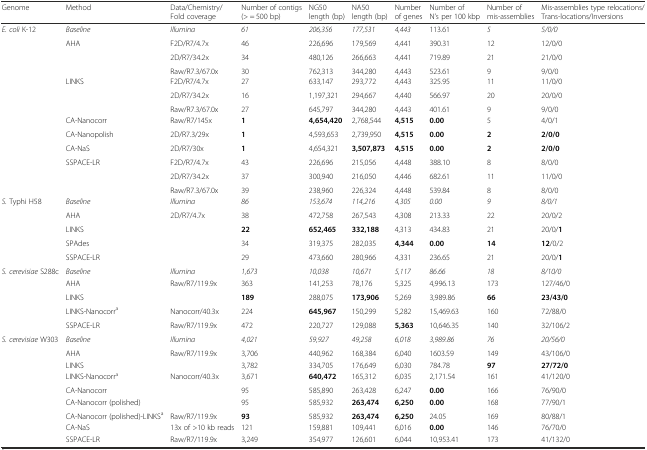
<table><thead><tr><td><b>Genome</b></td><td><b>Method</b></td><td><b>Data/Chemistry/ Fold coverage</b></td><td><b>Number of contigs (&gt; = 500 bp)</b></td><td><b>NG50 length (bp)</b></td><td><b>NA50 length (bp)</b></td><td><b>Number of genes</b></td><td><b>Number of N’s per 100 kbp</b></td><td><b>Number of mis-assemblies</b></td><td><b>Mis-assemblies type relocations/Trans-locations/Inversions</b></td></tr></thead><tbody><tr><td><i>E. coli</i> K-12</td><td><i>Baseline</i></td><td><i>Illumina</i></td><td><i>61</i></td><td><i>206,356</i></td><td><i>177,531</i></td><td><i>4,443</i></td><td>113.61</td><td><i>5</i></td><td><i>5/0/0</i></td></tr><tr><td></td><td>AHA</td><td>F2D/R7/4.7x</td><td>46</td><td>226,696</td><td>179,569</td><td>4,441</td><td>390.31</td><td>12</td><td>12/0/0</td></tr><tr><td></td><td></td><td>2D/R7/34.2x</td><td>34</td><td>480,126</td><td>266,663</td><td>4,441</td><td>719.89</td><td>21</td><td>21/0/0</td></tr><tr><td></td><td></td><td>Raw/R7.3/67.0x</td><td>30</td><td>762,313</td><td>344,280</td><td>4,443</td><td>523.61</td><td>9</td><td>9/0/0</td></tr><tr><td></td><td>LINKS</td><td>F2D/R7/4.7x</td><td>27</td><td>633,147</td><td>293,772</td><td>4,443</td><td>325.95</td><td>11</td><td>11/0/0</td></tr><tr><td></td><td></td><td>2D/R7/34.2x</td><td>16</td><td>1,197,321</td><td>294,667</td><td>4,440</td><td>566.97</td><td>20</td><td>20/0/0</td></tr><tr><td></td><td></td><td>Raw/R7.3/67.0x</td><td>27</td><td>645,797</td><td>344,280</td><td>4,443</td><td>401.61</td><td>9</td><td>9/0/0</td></tr><tr><td></td><td>CA-Nanocorr</td><td>Raw/R7/145x</td><td><b>1</b></td><td><b>4,654,420</b></td><td>2,768,544</td><td><b>4,515</b></td><td><b>0.00</b></td><td>5</td><td>4/0/1</td></tr><tr><td></td><td>CA-Nanopolish</td><td>2D/R7.3/29x</td><td><b>1</b></td><td>4,593,653</td><td>2,739,950</td><td><b>4,515</b></td><td><b>0.00</b></td><td><b>2</b></td><td><b>2/0/0</b></td></tr><tr><td></td><td>CA-NaS</td><td>2D/R7/30x</td><td><b>1</b></td><td>4,654,321</td><td><b>3,507,873</b></td><td><b>4,515</b></td><td><b>0.00</b></td><td><b>2</b></td><td><b>2/0/0</b></td></tr><tr><td></td><td>SSPACE-LR</td><td>F2D/R7/4.7x</td><td>43</td><td>226,696</td><td>215,056</td><td>4,448</td><td>388.10</td><td>8</td><td>8/0/0</td></tr><tr><td></td><td></td><td>2D/R7/34.2x</td><td>37</td><td>300,940</td><td>216,050</td><td>4,446</td><td>682.61</td><td>11</td><td>11/0/0</td></tr><tr><td></td><td></td><td>Raw/R7.3/67.0x</td><td>39</td><td>238,960</td><td>226,324</td><td>4,448</td><td>539.84</td><td>8</td><td>8/0/0</td></tr><tr><td><i>S.</i> Typhi H58</td><td><i>Baseline</i></td><td><i>Illumina</i></td><td><i>86</i></td><td><i>153,674</i></td><td><i>114,216</i></td><td><i>4,305</i></td><td><i>0.00</i></td><td><i>9</i></td><td><i>8/0/1</i></td></tr><tr><td></td><td>AHA</td><td>2D/R7/4.7x</td><td>38</td><td>472,758</td><td>267,543</td><td>4,308</td><td>213.33</td><td>22</td><td>20/0/2</td></tr><tr><td></td><td>LINKS</td><td></td><td><b>22</b></td><td><b>652,465</b></td><td><b>332,188</b></td><td>4,313</td><td>434.83</td><td>21</td><td>20/0/<b>1</b></td></tr><tr><td></td><td>SPAdes</td><td></td><td>34</td><td>319,375</td><td>282,035</td><td><b>4,344</b></td><td><b>0.00</b></td><td><b>14</b></td><td><b>12</b>/0/2</td></tr><tr><td></td><td>SSPACE-LR</td><td></td><td>29</td><td>473,660</td><td>280,966</td><td>4,331</td><td>236.65</td><td>21</td><td>20/0/<b>1</b></td></tr><tr><td><i>S. cerevisiae</i> S288c</td><td><i>Baseline</i></td><td><i>Illumina</i></td><td><i>1,673</i></td><td><i>10,038</i></td><td><i>10,671</i></td><td><i>5,117</i></td><td><i>86.66</i></td><td><i>18</i></td><td><i>8/10/0</i></td></tr><tr><td></td><td>AHA</td><td>Raw/R7/119.9x</td><td>363</td><td>141,253</td><td>78,176</td><td>5,325</td><td>4,996.13</td><td>173</td><td>127/46/0</td></tr><tr><td></td><td>LINKS</td><td></td><td><b>189</b></td><td>288,075</td><td><b>173,906</b></td><td>5,269</td><td>3,989.86</td><td><b>66</b></td><td><b>23/43/0</b></td></tr><tr><td></td><td>LINKS-Nanocorr<sup>a</sup></td><td>Nanocorr/40.3x</td><td>224</td><td><b>645,967</b></td><td>150,299</td><td>5,282</td><td>15,469.63</td><td>160</td><td>72/88/0</td></tr><tr><td></td><td>SSPACE-LR</td><td>Raw/R7/119.9x</td><td>472</td><td>220,727</td><td>129,088</td><td><b>5,363</b></td><td>10,646.35</td><td>140</td><td>32/106/2</td></tr><tr><td><i>S. cerevisiae</i> W303</td><td><i>Baseline</i></td><td><i>Illumina</i></td><td><i>4,021</i></td><td><i>59,927</i></td><td><i>49,258</i></td><td><i>6,018</i></td><td><i>3,989.86</i></td><td><i>76</i></td><td><i>20/56/0</i></td></tr><tr><td></td><td>AHA</td><td>Raw/R7/119.9x</td><td>3,706</td><td>440,962</td><td>168,384</td><td>6,040</td><td>1603.59</td><td>149</td><td>43/106/0</td></tr><tr><td></td><td>LINKS</td><td></td><td>3,782</td><td>334,705</td><td>176,649</td><td>6,030</td><td>784.78</td><td><b>97</b></td><td><b>27/72/0</b></td></tr><tr><td></td><td>LINKS-Nanocorr<sup>a</sup></td><td>Nanocorr/40.3x</td><td>3,671</td><td><b>640,472</b></td><td>165,312</td><td>6,035</td><td>2,171.54</td><td>161</td><td>41/120/0</td></tr><tr><td></td><td>CA-Nanocorr</td><td></td><td>95</td><td>585,890</td><td>263,428</td><td>6,247</td><td><b>0.00</b></td><td>166</td><td>76/90/0</td></tr><tr><td></td><td>CA-Nanocorr (polished)</td><td></td><td>95</td><td>585,932</td><td><b>263,474</b></td><td><b>6,250</b></td><td><b>0.00</b></td><td>168</td><td>77/90/1</td></tr><tr><td></td><td>CA-Nanocorr (polished)-LINKS<sup>a</sup></td><td>Raw/R7/119.9x</td><td><b>93</b></td><td>585,932</td><td><b>263,474</b></td><td><b>6,250</b></td><td>24.05</td><td>169</td><td>80/88/1</td></tr><tr><td></td><td>CA-NaS</td><td>13x of &gt;10 kb reads</td><td>121</td><td>159,881</td><td>109,441</td><td>6,016</td><td><b>0.00</b></td><td>146</td><td>76/70/0</td></tr><tr><td></td><td>SSPACE-LR</td><td>Raw/R7/119.9x</td><td>3,249</td><td>354,977</td><td>126,601</td><td>6,044</td><td>10,953.41</td><td>173</td><td>41/132/0</td></tr></tbody></table>